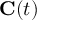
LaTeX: \mathbf { C } ( t )